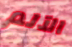
الآلم